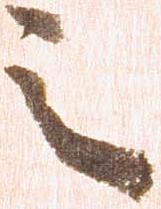
之